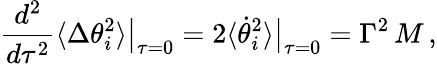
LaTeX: {\frac{d^{2}}{d\tau^{2}}}\langle\Delta\theta_{i}^{2}\rangle\big|_{\tau=0}=2\langle\dot{\theta}_{i}^{2}\rangle\big|_{\tau=0}=\Gamma^{2}\, M\, ,